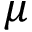
\mu